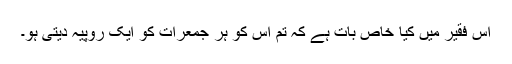
اس فقیر میں کیا خاص بات ہے کہ تم اس کو ہر جمعرات کو ایک روپیہ دیتی ہو۔